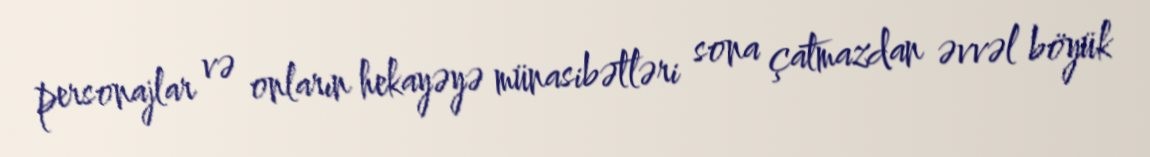
personajlar və onların hekayəyə münasibətləri sona çatmazdan əvvəl böyük